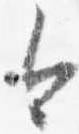
今